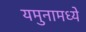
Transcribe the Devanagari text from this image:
यमुनामध्ये